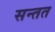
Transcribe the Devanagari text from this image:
सन्तत